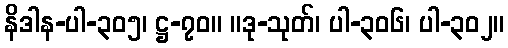
နိဒါန-ပါ-၃၀၅၊ ဋ္ဌ-၇၀။ ။ဒု-သုတ်၊ ပါ-၃၀၆၊ ပါ-၃၀၂။